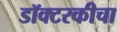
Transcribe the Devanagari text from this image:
डॉक्टरकीचा